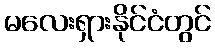
မလေးရှားနိုင်ငံတွင်